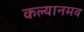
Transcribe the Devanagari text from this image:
कल्यानमय